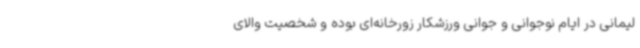
لیمانی در ایام نوجوانی و جوانی ورزشکار زورخانه‌ای بوده و شخصیت والای